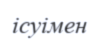
ісуімен